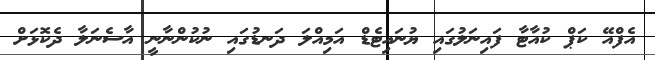
އެފްއޭ ކަޕް ކުއާޓާ ފައިނަލުގައި ޔުނައިޓެޑް އަމިއްލަ ދަނޑުގައި ނުކުންނާނީ އާސެނަލާ ދެކޮޅަށް